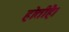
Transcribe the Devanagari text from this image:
होतीहै।